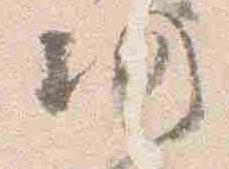
仍